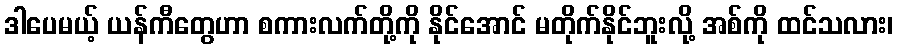
ဒါပေမယ့် ယန်ကီတွေဟာ စကားလက်တို့ကို နိုင်အောင် မတိုက်နိုင်ဘူးလို့ အစ်ကို ထင်သလား၊